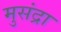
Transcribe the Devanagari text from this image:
मुसंद्रा